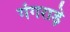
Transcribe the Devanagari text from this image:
गंगराड़े